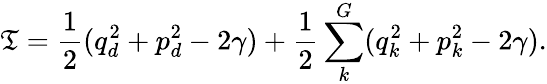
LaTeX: \mathfrak{T}=\frac{{1}}{{2}}(q_{d}^{2}+p_{d}^{2}-2\gamma)+\frac{{1}}{{2}}\sum_{k}^{G}(q_{k}^{2}+p_{k}^{2}-2\gamma).